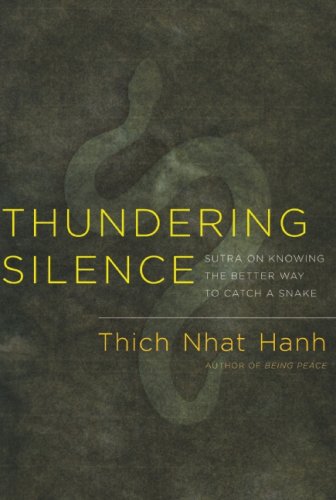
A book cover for Thundering Silence: Sutra on Knowing the Better Way to Catch a Snake; Thich Nhat Hanh; Religion & Spirituality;